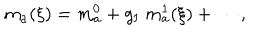
m _ { a } ( \xi ) = m _ { a } ^ { 0 } + g _ { \mathrm { I } } \; m _ { a } ^ { 1 } ( \xi ) + \cdots ,